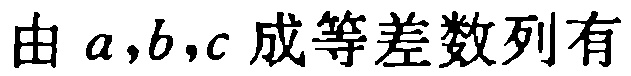
由 \(a,b,c\) 成等差数列有